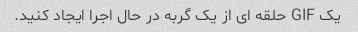
یک GIF حلقه ای از یک گربه در حال اجرا ایجاد کنید.